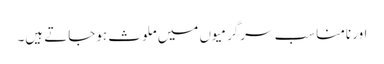
اور نامناسب سرگرمیوں میں ملوث ہوجاتے ہیں۔